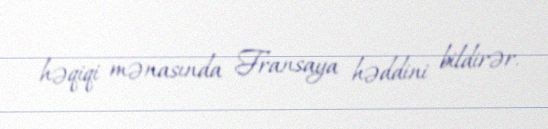
həqiqi mənasında Fransaya həddini bildirər.